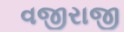
વજીરાજી